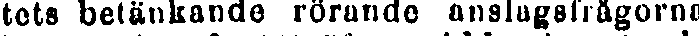
tets betänkande rörande anslagsfrågorna